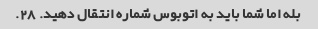
بله اما شما باید به اتوبوس شماره انتقال دهید. 28.